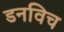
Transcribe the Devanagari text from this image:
डनविच